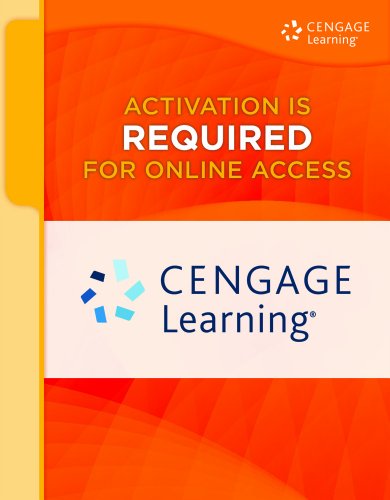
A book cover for SAM 2013 Assessment, Training and Projects with MindTap Reader for Computer Concepts and Microsoft Office 2013: Illustrated Printed Access Card; June Jamrich Parsons; Computers & Technology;